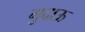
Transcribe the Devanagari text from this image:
गुदाऊ